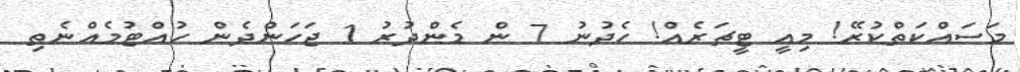
މަސައްކަތްކުރޭ! މިއީ ޓީޗަރެއް! ހެދުނު 7 ން މެންދުރު 1 ޖަހަންދެން ހުއްޓުމެއްނެތި